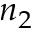
n _ { 2 }